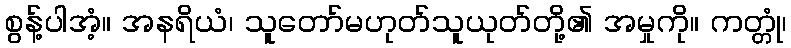
စွန့်ပါအံ့။ အနရိယံ၊ သူတော်မဟုတ်သူယုတ်တို့၏ အမှုကို။ ကတ္တုံ၊